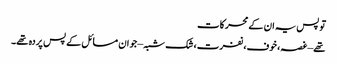
تو پس یہ ان کے محرکات
تھے – غصہ، خوف، نفرت، شک شبہ – جو ان مسائل کے پس پردہ تھے۔